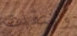
وانتقلت